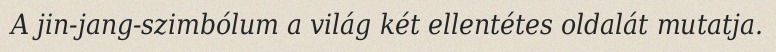
A jin-jang-szimbólum a világ két ellentétes oldalát mutatja.